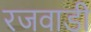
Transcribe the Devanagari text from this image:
रजवाडी